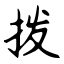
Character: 拨